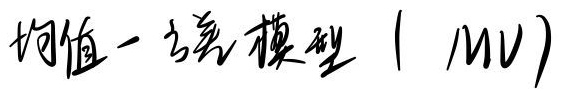
均值一方差模型（MV）